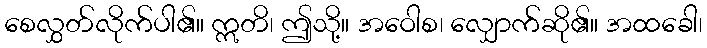
စေလွှတ်လိုက်ပါ၏။ ဣတိ၊ ဤသို့။ အဝေါစ၊ လျှောက်ဆို၏။ အထခေါ၊